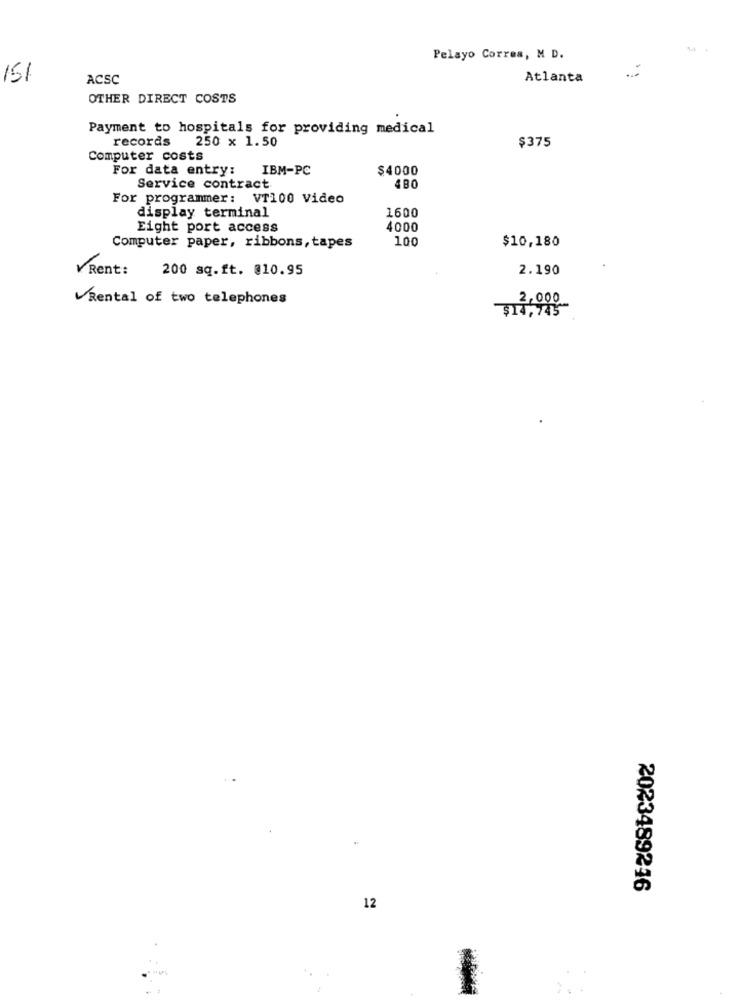
Pelayo Correa, M D.
.
151
ACSC
Atlanta
OTHER DIRECT COSTS
Payment to hospitals for providing medical
records
250 x 1.50
$375
Computer costs
For data entry:
IBM-PC
$4000
Service contract
480
For programmer: VT100 Video
display terminal
1600
Eight port access
4000
100
Computer paper, ribbons, tapes
$10,180
VRent:
200 sq.ft. @10.95
2.190
Rental of two telephones
2,000
$14,745
.
2023489216
12